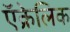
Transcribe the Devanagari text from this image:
ऍक्रेलिक